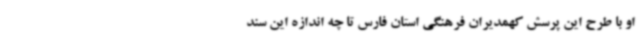
او با طرح این پرسش کهمدیران فرهنگی استان فارس تا چه اندازه این سند